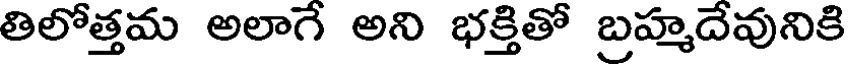
తిలోత్తమ అలాగే అని భక్తితో బ్రహ్మదేవునికి